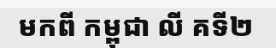
មកពី កម្ពុជា លី គទី២